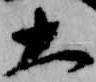
大